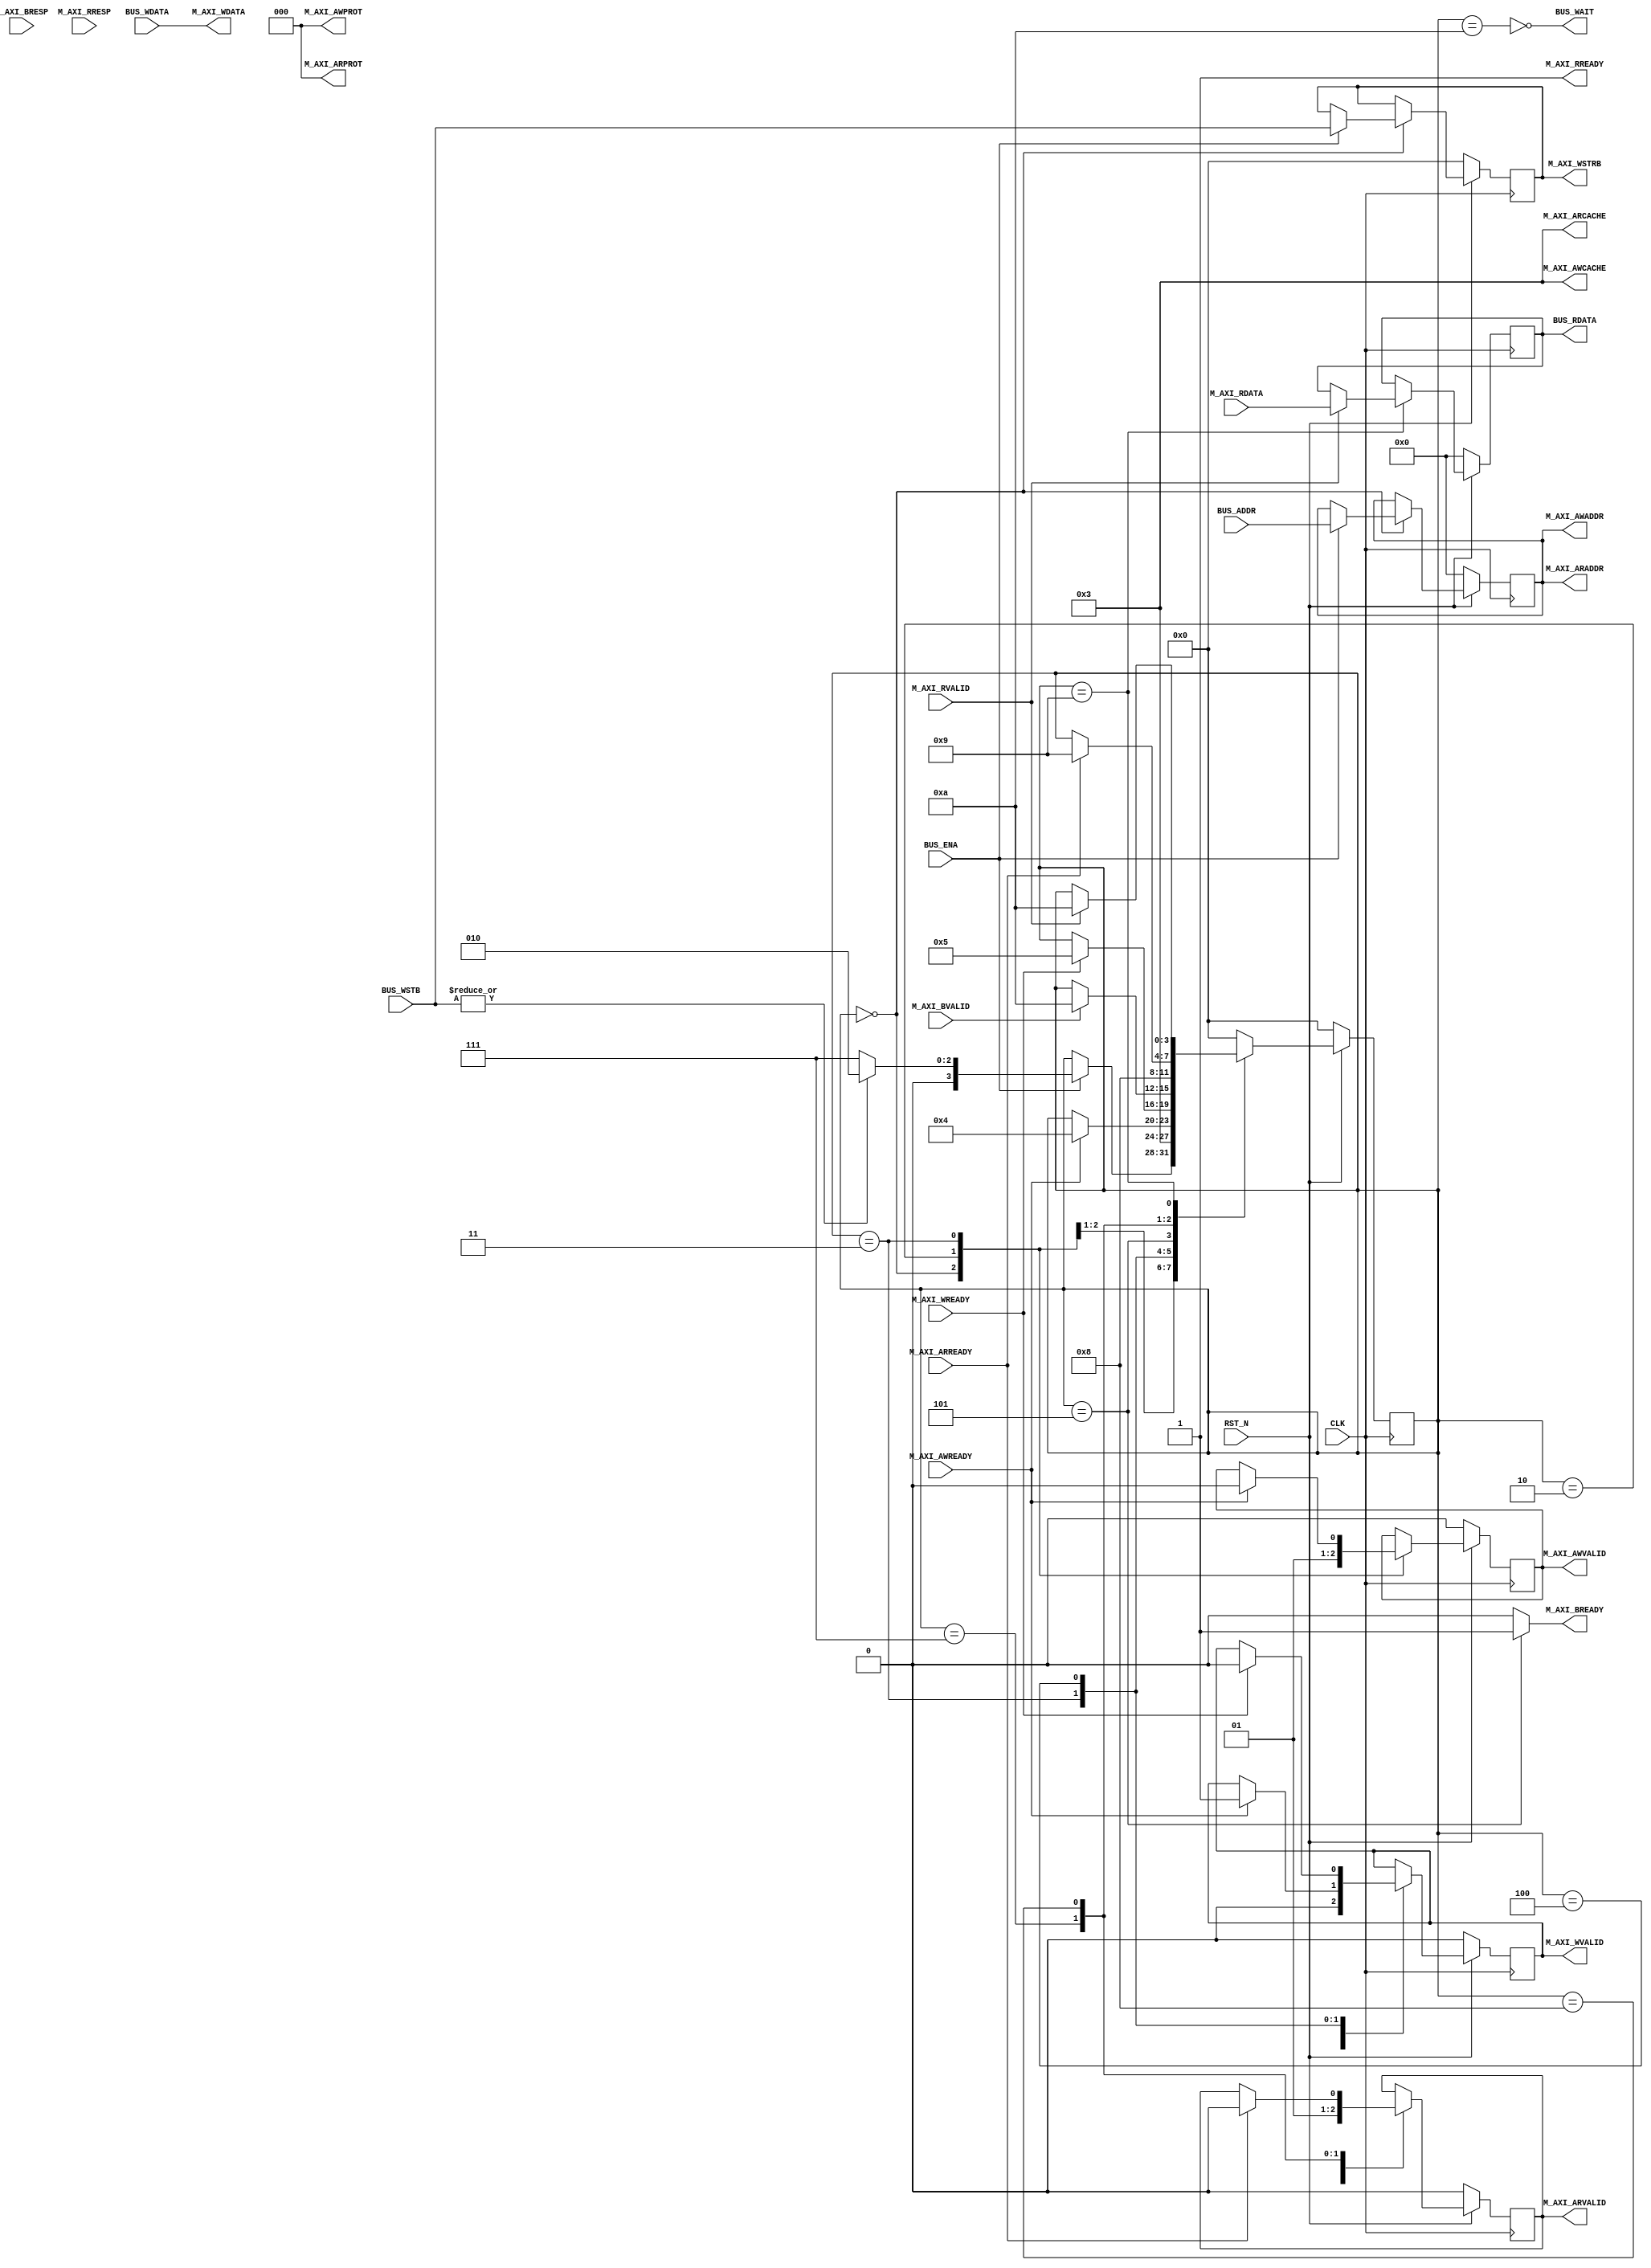
module fmrv32im_axilm
  (
   input         RST_N,
   input         CLK,
   output [31:0] M_AXI_AWADDR,
   output [3:0]  M_AXI_AWCACHE,
   output [2:0]  M_AXI_AWPROT,
   output        M_AXI_AWVALID,
   input         M_AXI_AWREADY,
   output [31:0] M_AXI_WDATA,
   output [3:0]  M_AXI_WSTRB,
   output        M_AXI_WVALID,
   input         M_AXI_WREADY,
   input         M_AXI_BVALID,
   output        M_AXI_BREADY,
   input [1:0]   M_AXI_BRESP,
   output [31:0] M_AXI_ARADDR,
   output [3:0]  M_AXI_ARCACHE,
   output [2:0]  M_AXI_ARPROT,
   output        M_AXI_ARVALID,
   input         M_AXI_ARREADY,
   input [31:0]  M_AXI_RDATA,
   input [1:0]   M_AXI_RRESP,
   input         M_AXI_RVALID,
   output        M_AXI_RREADY,
   output        BUS_WAIT,
   input         BUS_ENA,
   input [3:0]   BUS_WSTB,
   input [31:0]  BUS_ADDR,
   input [31:0]  BUS_WDATA,
   output [31:0] BUS_RDATA
   );
   localparam S_IDLE     = 4'd0;
   localparam S_WA_WAIT  = 4'd1;
   localparam S_WA_START = 4'd2;
   localparam S_WD_WAIT  = 4'd3;
   localparam S_WD_PROC  = 4'd4;
   localparam S_WR_WAIT  = 4'd5;
   localparam S_RA_WAIT   = 4'd6;
   localparam S_RA_START  = 4'd7;
   localparam S_RD_WAIT   = 4'd8;
   localparam S_RD_PROC   = 4'd9;
   localparam S_FIN       = 4'd10;
   reg [3:0]     state;
   reg [31:0]    reg_adrs;
   reg           reg_awvalid, reg_wvalid;
   reg [3:0]     reg_wstb;
   reg           reg_arvalid;
   reg [31:0]    reg_rdata;
   always @(posedge CLK) begin
      if(!RST_N) begin
         state           <= S_IDLE;
         reg_adrs[31:0]  <= 32'd0;
         reg_awvalid     <= 1'b0;
         reg_wvalid      <= 1'b0;
         reg_arvalid     <= 1'b0;
         reg_wstb[3:0]   <= 4'd0;
         reg_rdata[31:0] <= 32'd0;
      end else begin
         case(state)
           S_IDLE: begin
              if(BUS_ENA) begin
                 if(|BUS_WSTB) begin
                    state          <= S_WA_START;
                 end else begin
                    state          <= S_RA_START;
                 end
                 reg_adrs[31:0] <= BUS_ADDR[31:0];
                 reg_wstb[3:0]  <= BUS_WSTB;
              end
              reg_awvalid   <= 1'b0;
              reg_arvalid   <= 1'b0;
              reg_wvalid    <= 1'b0;
           end
           S_WA_START: begin
              state         <= S_WD_WAIT;
              reg_awvalid   <= 1'b1;
           end
           S_WD_WAIT: begin
              if(M_AXI_AWREADY) begin
                 state        <= S_WD_PROC;
                 reg_awvalid  <= 1'b0;
                 reg_wvalid   <= 1'b1;
              end
           end
           S_WD_PROC: begin
              if(M_AXI_WREADY) begin
                 state        <= S_WR_WAIT;
                 reg_wvalid   <= 1'b0;
              end
           end
           S_WR_WAIT: begin
              if(M_AXI_BVALID) begin
                    state          <= S_FIN;
              end
           end
           S_RA_START: begin
              state          <= S_RD_WAIT;
              reg_arvalid    <= 1'b1;
           end
           S_RD_WAIT: begin
              if(M_AXI_ARREADY) begin
                 state        <= S_RD_PROC;
                 reg_arvalid  <= 1'b0;
              end
           end
           S_RD_PROC: begin
              if(M_AXI_RVALID) begin
                 state        <= S_FIN;
                 reg_rdata    <= M_AXI_RDATA;
              end
           end
           S_FIN: begin
              state <= S_IDLE;
           end
           default: begin
              state <= S_IDLE;
           end
         endcase
      end
   end
   assign M_AXI_AWADDR[31:0] = reg_adrs[31:0];
   assign M_AXI_AWCACHE[3:0] = 4'b0011;
   assign M_AXI_AWPROT[2:0]  = 3'b000;
   assign M_AXI_AWVALID      = reg_awvalid;
   assign M_AXI_WDATA[31:0]  = BUS_WDATA;
   assign M_AXI_WSTRB[3:0]   = reg_wstb;
   assign M_AXI_WVALID       = reg_wvalid;
   assign M_AXI_BREADY       = (state == S_WR_WAIT)?1'b1:1'b0;
   assign M_AXI_ARADDR[31:0] = reg_adrs[31:0];
   assign M_AXI_ARCACHE[3:0] = 4'b0011;
   assign M_AXI_ARPROT[2:0]  = 3'b000;
   assign M_AXI_ARVALID      = reg_arvalid;
   assign M_AXI_RREADY       = 1'b1;
   assign BUS_WAIT = ~(state == S_FIN);
   assign BUS_RDATA = reg_rdata[31:0];
endmodule